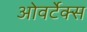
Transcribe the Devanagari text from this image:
ओवर्टेक्स